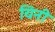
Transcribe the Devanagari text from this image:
यिनी